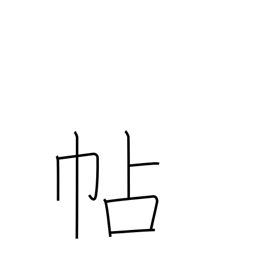
Meaning: notebook